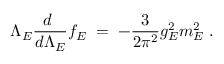
\Lambda _ { E } { \frac { d \ } { d \Lambda _ { E } } } f _ { E } \; = \; - { \frac { 3 } { 2 \pi ^ { 2 } } } g _ { E } ^ { 2 } m _ { E } ^ { 2 } \; .